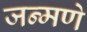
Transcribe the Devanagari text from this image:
जन्मणे